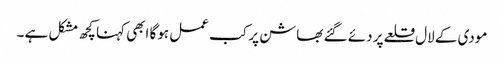
مودی کے لال قلعے پر دئے گئے بھاشن پر کب عمل ہوگا ابھی کہنا کچھ مشکل ہے ۔